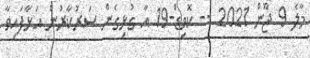
މާލެ 9 ޖޫން 2021 -- ކޮވިޑް-19 އާ ގުޅިގެން ސަރުކާރުން އަޅާފައިވާ